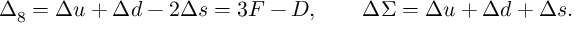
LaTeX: \Delta _ { 8 } = \Delta u + \Delta d - 2 \Delta s = 3 { \cal F } - { \cal D } , \qquad \Delta \Sigma = \Delta u + \Delta d + \Delta s .